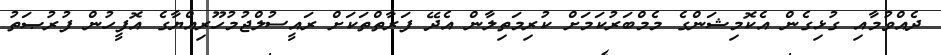
ދެއްވުމާއި ގުޅިގެން އެކޮމިޝަންގެ މެމްބަރުކަމަށް ކުރިމަތިލާން އެދޭ ފަރާތްތަަކަށް ރައީސުލްޖުމުހޫރިއްޔާގެ އޮފީހުން ފުރުޞަތު